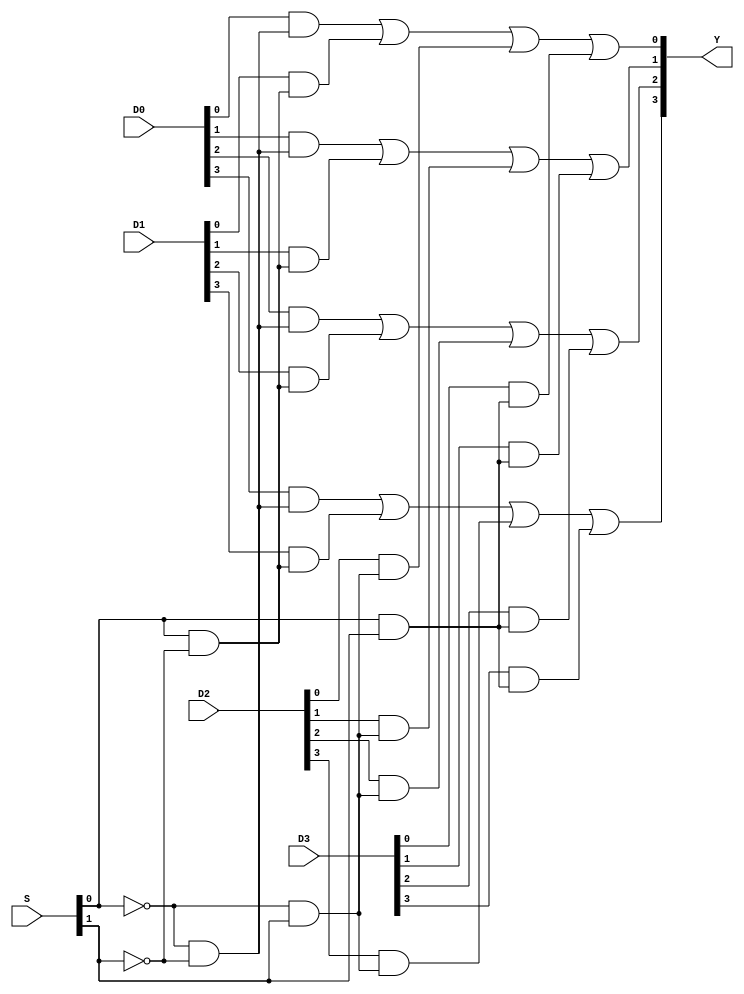
    module Mux4to1b4 (
        input  [1:0] S,
        input  [3:0] D0,
        input  [3:0] D1,
        input  [3:0] D2,
        input  [3:0] D3,
        output [3:0] Y
    );
    wire w1,w2,w3,w4;
    assign w1 = ~S[0] & ~S[1];
    assign w2 = S[0] & ~S[1];
    assign w3 = ~S[0] & S[1];
    assign w4 = S[0] & S[1];
    assign Y[0] = (D0[0] & w1) | (D1[0] & w2) | (D2[0] & w3) | (D3[0] & w4);
    assign Y[1] = (D0[1] & w1) | (D1[1] & w2) | (D2[1] & w3) | (D3[1] & w4);
    assign Y[2] = (D0[2] & w1) | (D1[2] & w2) | (D2[2] & w3) | (D3[2] & w4);
    assign Y[3] = (D0[3] & w1) | (D1[3] & w2) | (D2[3] & w3) | (D3[3] & w4);
endmodule